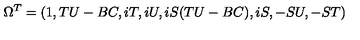
\Omega ^ { T } = ( 1 , T U - B C , i T , i U , i S ( T U - B C ) , i S , - S U , - S T )